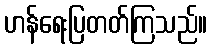
ဟန်ရေးပြတတ်ကြသည်။